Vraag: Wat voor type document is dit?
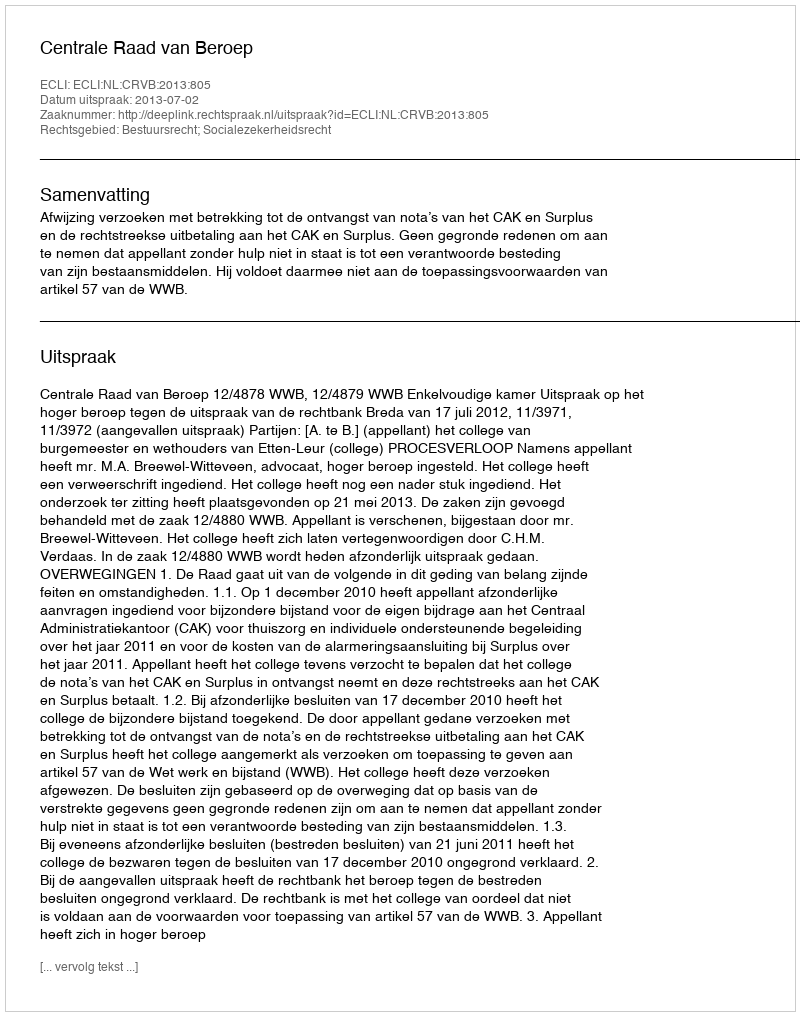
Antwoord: Uitspraak